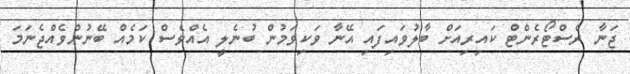
ޖަނާ ރެސްޓޯރެންޓް ކައިރިއަށް ބާލުވައިފައި އޭނާ ވަކިވަމުން ބުނެލީ އެއްވެސް ކަމެއް ބޭނުންވެއްޖެނަމަ